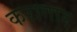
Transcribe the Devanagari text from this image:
करागार